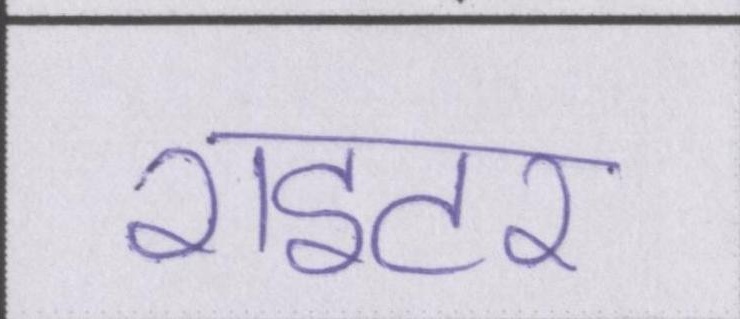
राइटर